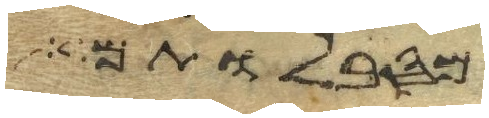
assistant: מסבלותם